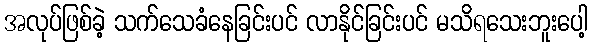
အလုပ်ဖြစ်ခဲ့ သက်သေခံနေခြင်းပင် လာနိုင်ခြင်းပင် မသိရသေးဘူးပေါ့